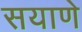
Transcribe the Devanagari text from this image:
सयाणे